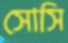
সোসি